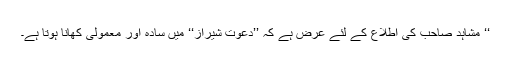
‘‘ مشاہد صاحب کی اطلاع کے لئے عرض ہے کہ ’’دعوتِ شیراز‘‘ میں سادہ اور معمولی کھانا ہوتا ہے۔